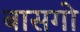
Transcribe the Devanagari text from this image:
बासगो